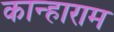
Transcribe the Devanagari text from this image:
कान्हाराम